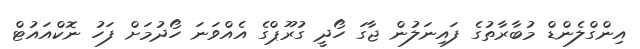
އިންގްލެންޑް މުބާރާތުގެ ފައިނަލުން ޖާގަ ހޯދީ ގުރޫޕްގެ އެއްވަނަ ހޯދުމަށް ފަހު ނޮކްއައުޓް